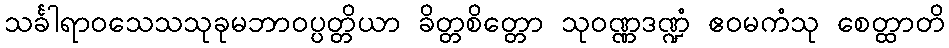
သင်္ခါရာဝသေသသုခုမဘာဝပ္ပတ္တိယာ ခိတ္တစိတ္တော သုဝဏ္ဏဒဏ္ဍံ ဧဝမကံသု စေတ္ထာတိ